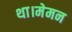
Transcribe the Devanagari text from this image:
था।मेमन